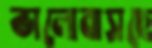
ভালোবাসছে